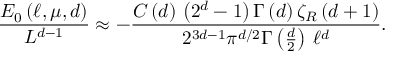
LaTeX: \frac { E _ { 0 } \left( \ell , \mu , d \right) } { L ^ { d - 1 } } \approx - \frac { C \left( d \right) \, \left( 2 ^ { d } - 1 \right) \Gamma \left( d \right) \zeta _ { R } \left( d + 1 \right) } { 2 ^ { 3 d - 1 } \pi ^ { d / 2 } \Gamma \left( \frac { d } { 2 } \right) \, \ell ^ { d } } .